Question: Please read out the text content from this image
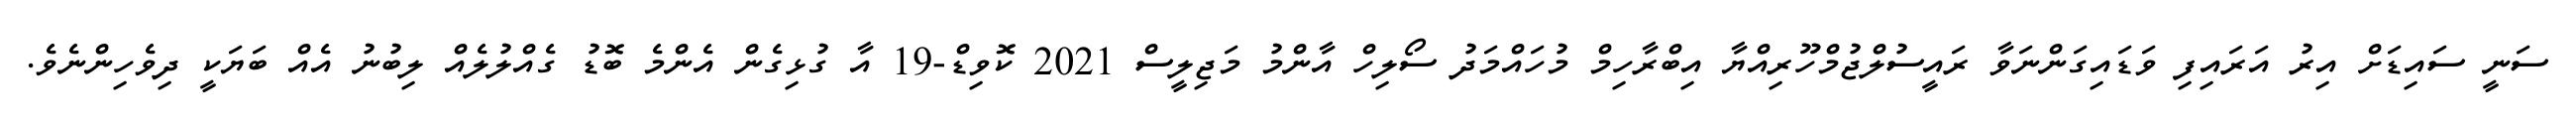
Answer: ސަނީ ސައިޑަށް އިރު އަރައިފި ވަޑައިގަންނަވާ ރައީސުލްޖުމްހޫރިއްޔާ އިބްރާހިމް މުހައްމަދު ސޯލިހް އާންމު މަޖިލީސް 2021 ކޮވިޑް-19 އާ ގުޅިގެން އެންމެ ބޮޑު ގެއްލުލެއް ލިބުނު އެއް ބަޔަކީ ދިވެހިންނެވެ.